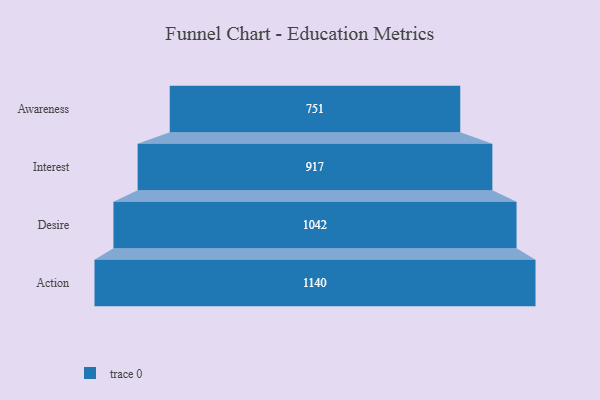
{"axis": {"x": "Stage", "y": "Value"}, "legend": [""], "data": [{"x": "Awareness", "y": 751.0, "type": ""}, {"x": "Interest", "y": 917.0, "type": ""}, {"x": "Desire", "y": 1042.0, "type": ""}, {"x": "Action", "y": 1140.0, "type": ""}]}